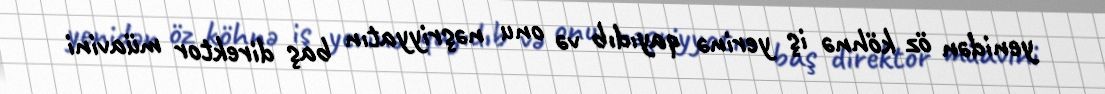
yenidən öz köhnə iş yerinə qayıdıb və onu nəşriyyatın baş direktor müavini